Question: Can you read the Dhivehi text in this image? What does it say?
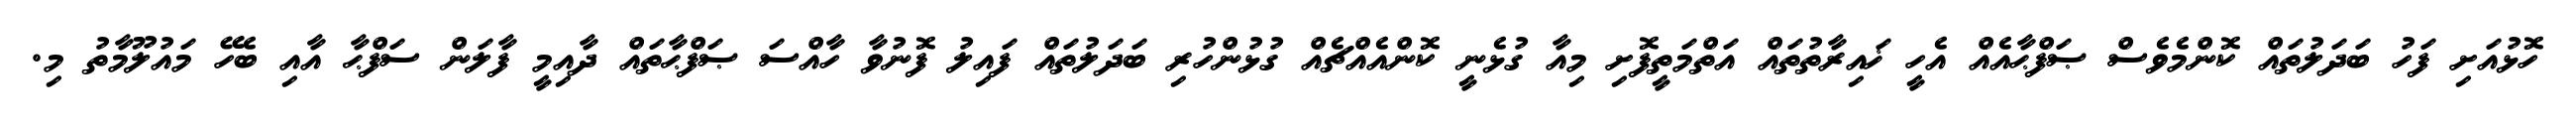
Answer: ހޮޅުއަށި ފަހު ބަދަލުތައް ކޮންމެވެސް ޞަފްޙާއެއް އެހީ ޚައިރާތުތައް އަތްމަތީފޮށި މިއާ ގުޅެނީ ކޮންއެއްޗެއް ގުޅުންހުރި ބަދަލުތައް ފައިލު ފޮނުވާ ހާއްސަ ޞަފްޙާތައް ދާއިމީ ފާލަން ސަފްޙާ އާއި ބެހޭ މައުލޫމާތު މި.